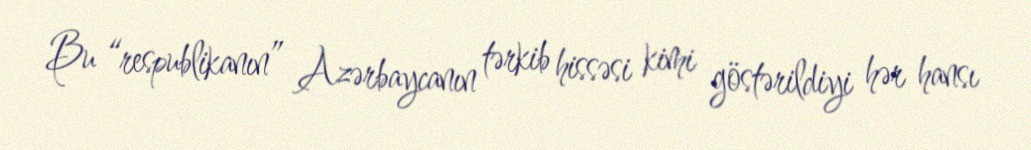
Bu “respublikanın” Azərbaycanın tərkib hissəsi kimi göstərildiyi hər hansı